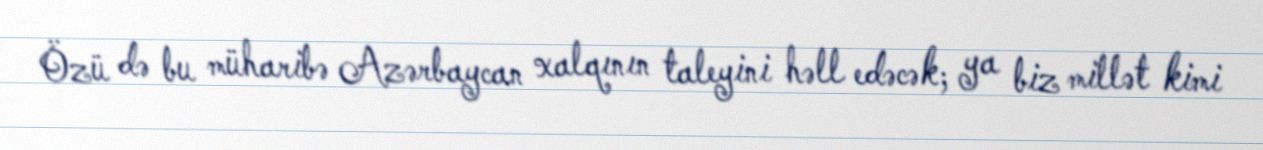
Özü də bu müharibə Azərbaycan xalqının taleyini həll edəcək; ya biz millət kimi